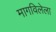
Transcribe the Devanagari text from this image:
मागविलेला